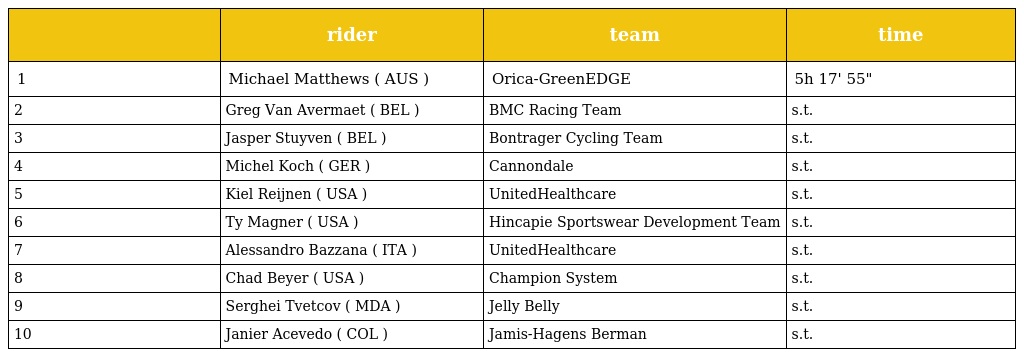
|  | rider | team | time |
 | --- | --- | --- | --- |
 | 1 | Michael Matthews ( AUS ) | Orica-GreenEDGE | 5h 17' 55" |
 | 2 | Greg Van Avermaet ( BEL ) | BMC Racing Team | s.t. |
 | 3 | Jasper Stuyven ( BEL ) | Bontrager Cycling Team | s.t. |
 | 4 | Michel Koch ( GER ) | Cannondale | s.t. |
 | 5 | Kiel Reijnen ( USA ) | UnitedHealthcare | s.t. |
 | 6 | Ty Magner ( USA ) | Hincapie Sportswear Development Team | s.t. |
 | 7 | Alessandro Bazzana ( ITA ) | UnitedHealthcare | s.t. |
 | 8 | Chad Beyer ( USA ) | Champion System | s.t. |
 | 9 | Serghei Tvetcov ( MDA ) | Jelly Belly | s.t. |
 | 10 | Janier Acevedo ( COL ) | Jamis-Hagens Berman | s.t. |